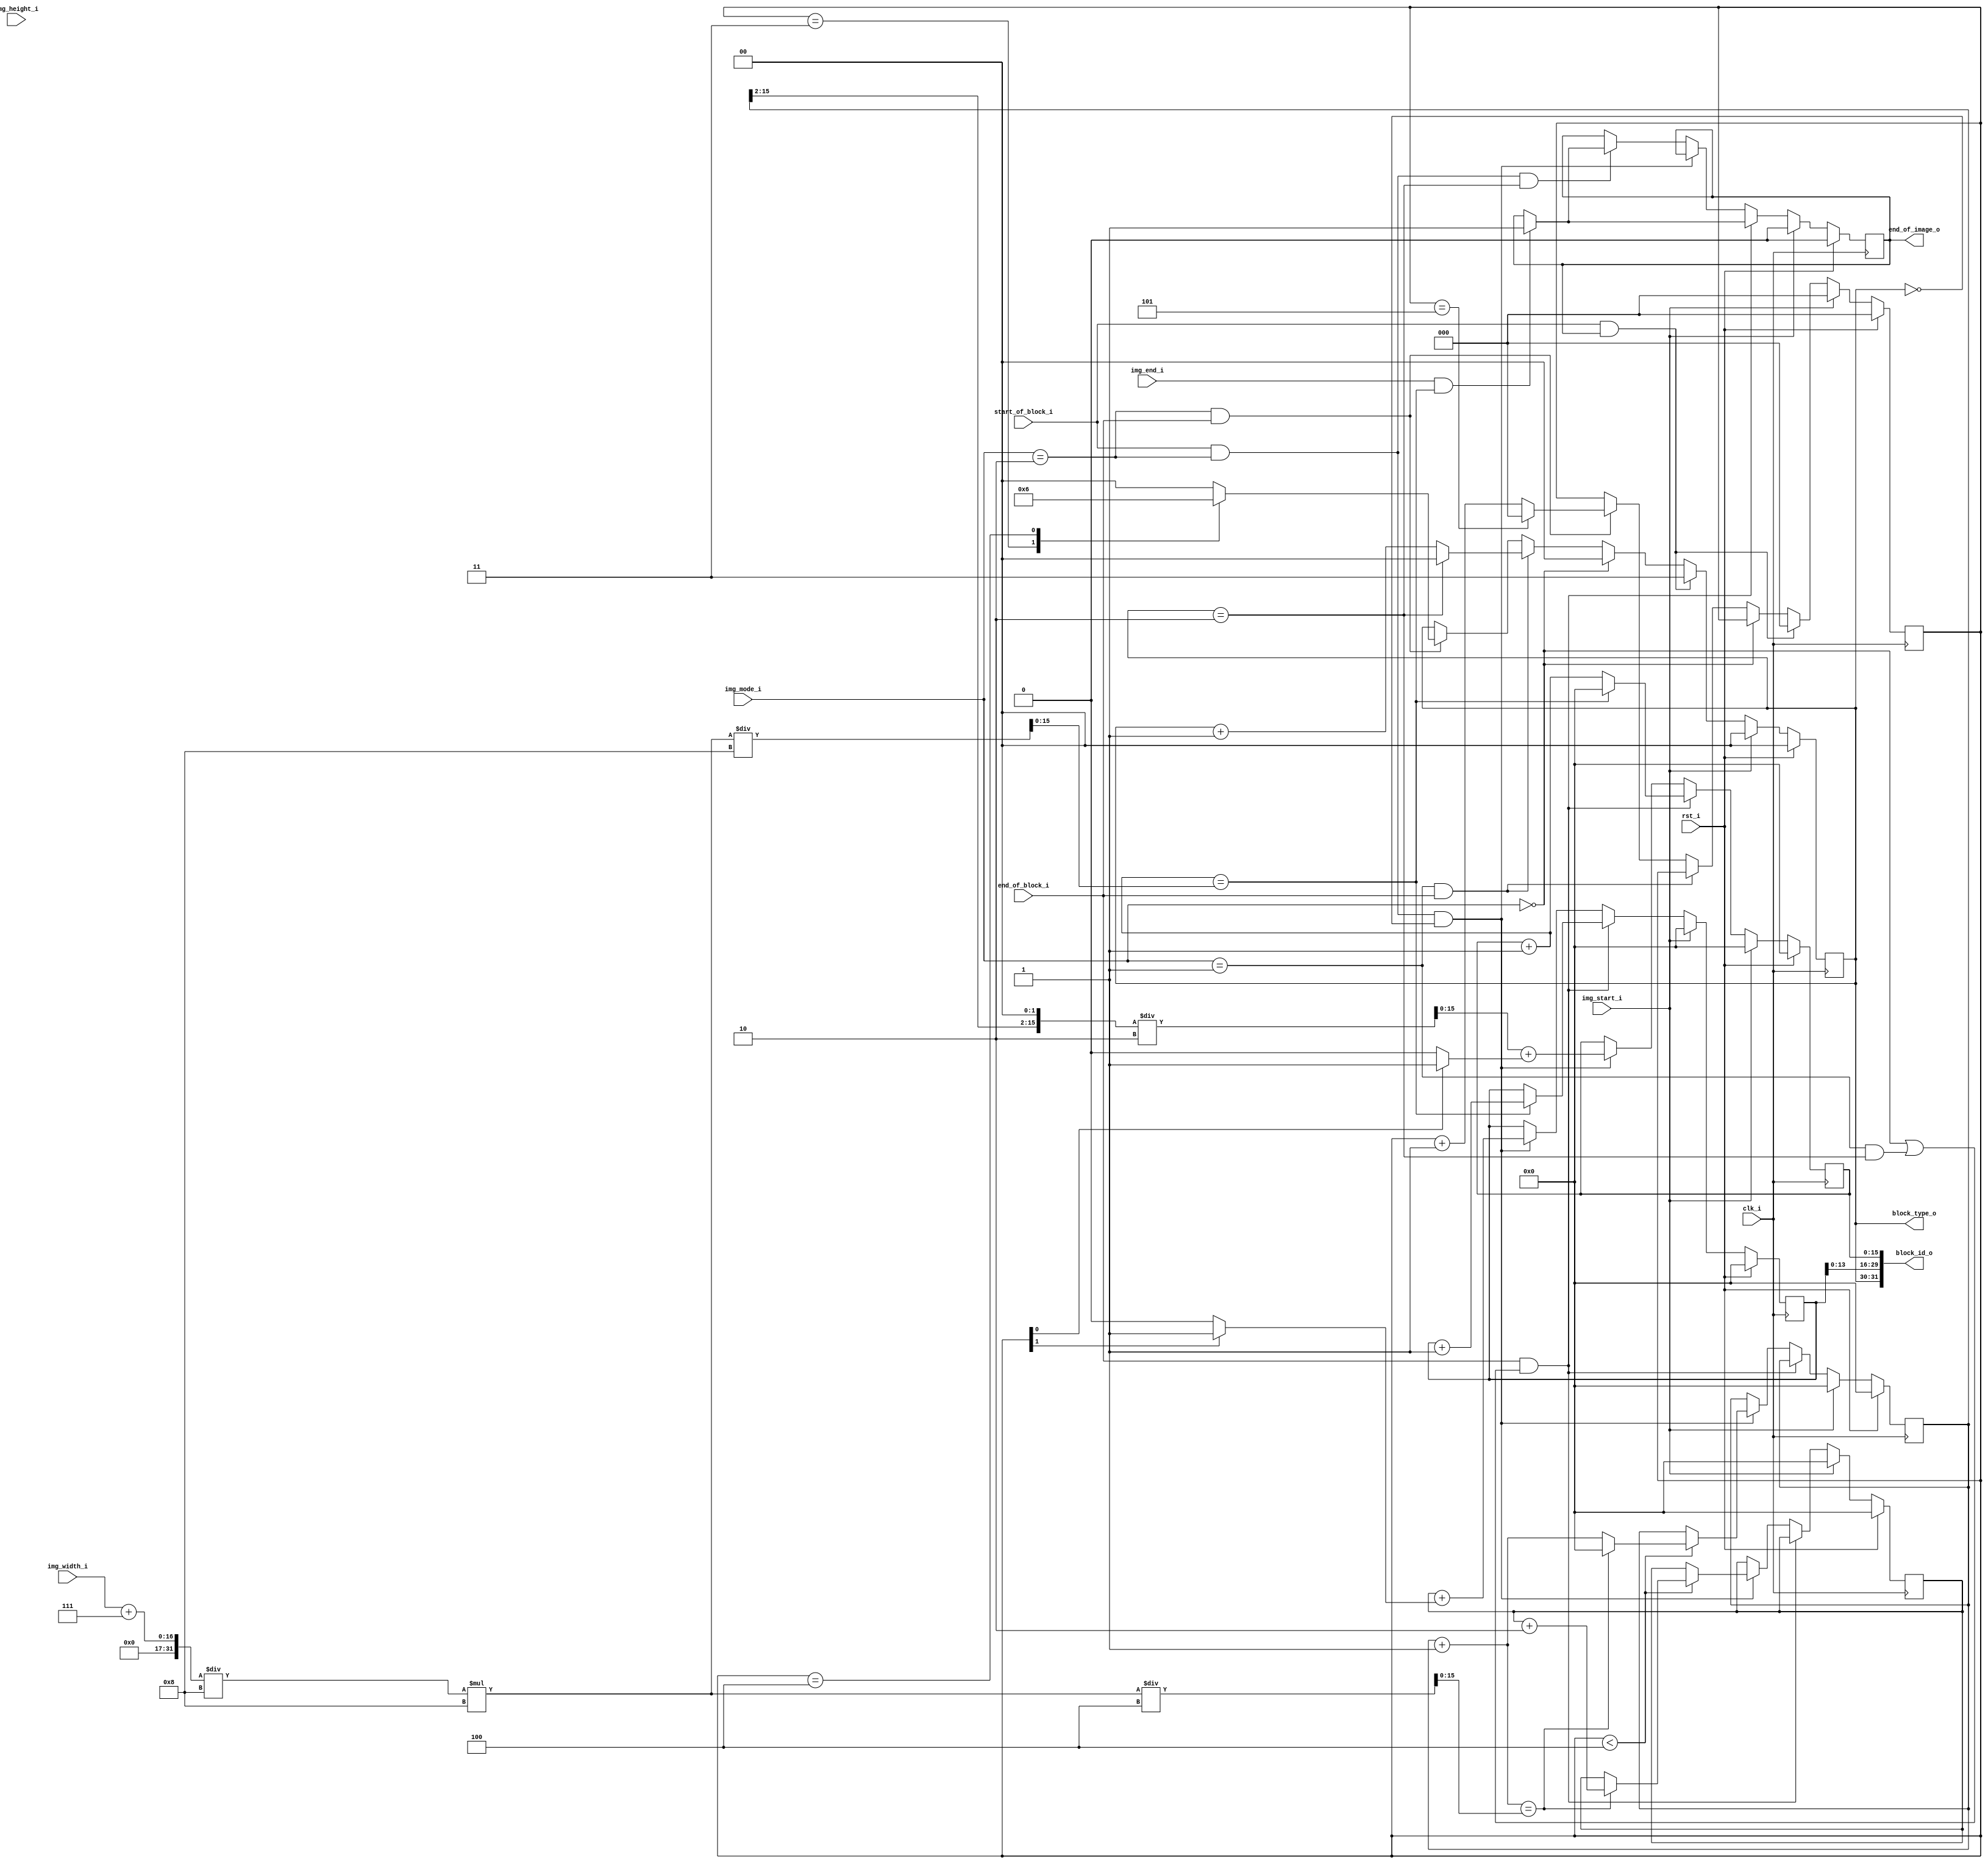
module jpeg_mcu_id
(
    // Inputs
     input           clk_i
    ,input           rst_i
    ,input           img_start_i
    ,input           img_end_i
    ,input  [ 15:0]  img_width_i
    ,input  [ 15:0]  img_height_i
    ,input  [  1:0]  img_mode_i
    ,input           start_of_block_i
    ,input           end_of_block_i

    // Outputs
    ,output [ 31:0]  block_id_o
    ,output [  1:0]  block_type_o
    ,output          end_of_image_o
);



//-----------------------------------------------------------------
// Block Type (Y, Cb, Cr)
//-----------------------------------------------------------------
localparam JPEG_MONOCHROME  = 2'd0;
localparam JPEG_YCBCR_444   = 2'd1;
localparam JPEG_YCBCR_420   = 2'd2;
localparam JPEG_UNSUPPORTED = 2'd3;

localparam BLOCK_Y          = 2'd0;
localparam BLOCK_CB         = 2'd1;
localparam BLOCK_CR         = 2'd2;
localparam BLOCK_EOF        = 2'd3;

reg [1:0] block_type_q;
reg [2:0] type_idx_q;

always @ (posedge clk_i )
if (rst_i)
begin
    block_type_q <= BLOCK_Y;
    type_idx_q   <= 3'd0;
end
else if (img_start_i)
begin
    block_type_q <= BLOCK_Y;
    type_idx_q   <= 3'd0;
end
else if (start_of_block_i && end_of_image_o)
begin
    block_type_q <= BLOCK_EOF;
    type_idx_q   <= 3'd0;
end
else if (img_mode_i == JPEG_MONOCHROME)
    block_type_q <= BLOCK_Y;
else if (img_mode_i == JPEG_YCBCR_444 && end_of_block_i)
begin
    if (block_type_q == BLOCK_CR)
        block_type_q <= BLOCK_Y;
    else
        block_type_q <= block_type_q + 2'd1;
end
else if (img_mode_i == JPEG_YCBCR_420 && end_of_block_i)
begin
    type_idx_q <= type_idx_q + 3'd1;

    case (type_idx_q)
    default:
        block_type_q <= BLOCK_Y;
    3'd3:
        block_type_q <= BLOCK_CB;
    3'd4:
        block_type_q <= BLOCK_CR;
    3'd5:
    begin
        block_type_q <= BLOCK_Y;
        type_idx_q   <= 3'd0;
    end
    endcase
end

//-----------------------------------------------------------------
// Block index
//-----------------------------------------------------------------
wire [15:0] width_rnd_w   = ((img_width_i+7) / 8) * 8;
wire [15:0] block_x_max_w = width_rnd_w / 8;
wire [15:0] img_w_div4_w  = width_rnd_w / 4;

reg  [15:0] block_x_q;
reg  [15:0] block_y_q;

reg  [15:0] x_idx_q;
reg  [15:0] y_idx_q;

wire [15:0] block_x_next_w = block_x_q + 16'd1;

reg         end_of_image_q;

always @ (posedge clk_i )
if (rst_i)
begin
    block_x_q      <= 16'b0;
    block_y_q      <= 16'b0;
    x_idx_q        <= 16'b0;
    y_idx_q        <= 16'b0;
    end_of_image_q <= 1'b0;
end
else if (img_start_i)
begin
    block_x_q      <= 16'b0;
    block_y_q      <= 16'b0;
    x_idx_q        <= 16'b0;
    y_idx_q        <= 16'b0;
    end_of_image_q <= 1'b0;
end
else if (end_of_block_i && ((img_mode_i == JPEG_MONOCHROME) || (img_mode_i == JPEG_YCBCR_444 && block_type_q == BLOCK_CR)))
begin
    if (block_x_next_w == block_x_max_w)
    begin
        block_x_q <= 16'b0;
        block_y_q <= block_y_q + 16'd1;
    end
    else
        block_x_q <= block_x_next_w;

    if (img_end_i && block_x_next_w == block_x_max_w)
        end_of_image_q <= 1'b1;
end
else if (start_of_block_i && img_mode_i == JPEG_YCBCR_420 && block_type_q == BLOCK_Y)
begin
    block_x_q <= ({x_idx_q[15:2], 2'b0} / 2) + (type_idx_q[0] ? 16'd1 : 16'd0);
    block_y_q <= y_idx_q + (type_idx_q[1] ? 16'd1 : 16'd0);

    // Y component
    if (type_idx_q < 3'd4)
    begin
        if ((x_idx_q + 16'd1) == img_w_div4_w)
        begin
            x_idx_q <= 16'd0;
            y_idx_q <= y_idx_q + 16'd2;
        end
        else
            x_idx_q <= x_idx_q + 16'd1;
    end
end
else if (start_of_block_i && img_mode_i == JPEG_YCBCR_420 && block_type_q == BLOCK_CR)
begin
    if (img_end_i && block_x_next_w == block_x_max_w)
        end_of_image_q <= 1'b1;
end

//-----------------------------------------------------------------
// Outputs
//-----------------------------------------------------------------
// Block ID (type=y|cb|cr, y pos, x pos)
assign block_id_o     = {block_type_q, block_y_q[13:0], block_x_q};
assign block_type_o   = block_type_q;

// End of image detection
assign end_of_image_o = end_of_image_q;


endmodule